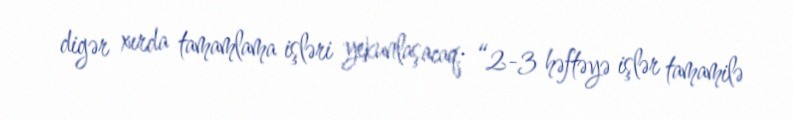
digər xırda tamamlama işləri yekunlaşacaq: “2-3 həftəyə işlər tamamilə